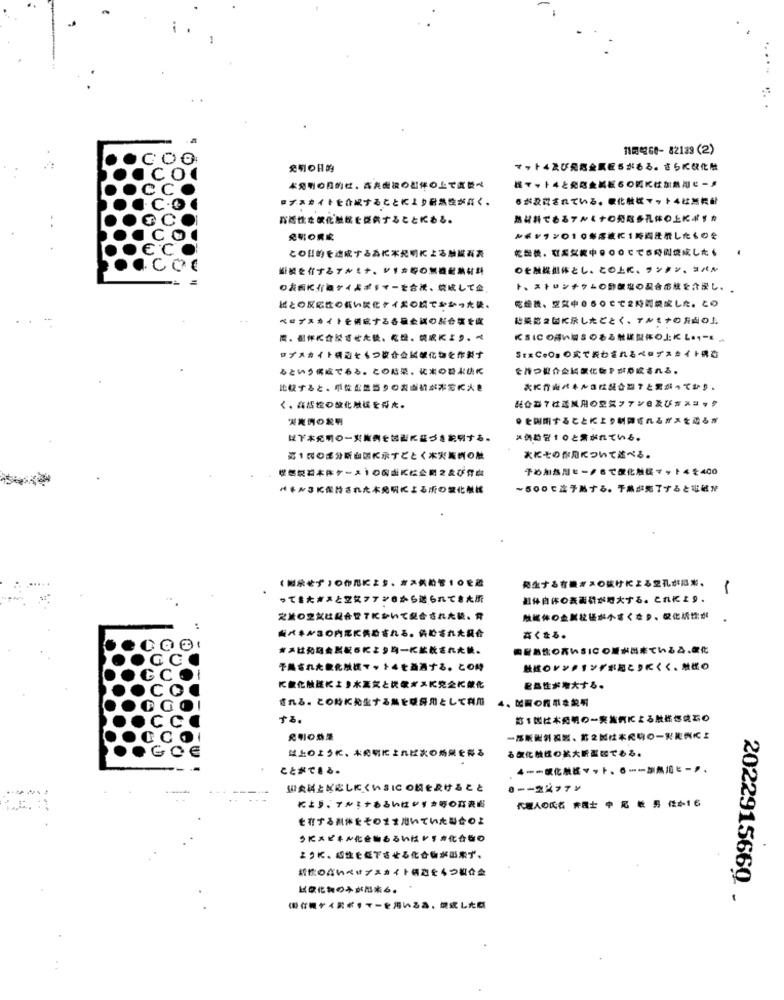
ハ园gGO- 82129 (2)
発明の日的
マート4及び発泡金属E5がある。 さらに軟化触
本刻町の目的は、高表面視のむ伴の上で『顔べ
握マート4と発電金属紙6の間には加熱間じー♪
■ブスカイトヒのにすることにより耐熱性がなく、
6が設計されている。ま化妝ばマット4は無轉針
お話性を横化触館を提供することにある。
熱材料でもるアルミナの発鬆多孔体の上にぶすね
免明◎購成
ンポツリン010年落練に1時間ほかしたものを
乾燥機、なに記載中の○○でで6時ん焼成したい
-
との目的を達成する為に本発明による触業務表
i続を付するアルミナ、ドリお母の無機耐熱材料
○お面にれねケイムギャマーを合流、焼成して金,
乾燥義、空気中050ででな時間獎成した。この
おとの反応えのないま化ケイプのどでなかった装、
ベロジスカイトを術にする各種た調の割合葉を変
結果能っぱに涼したどとく、アンセナのル向の」.
肉、铝伴に合於電せため、乾燥、筑成により。べ
ロブスカイト研ぬともつぱ合会属種化物を作製す
SIzCeOsO式で続わされるペロデスキイト弾む
るという構成である。この結果、に米の結果まに
を持つま☆たに黒化物やおち成される。
比較すると、単位公益当りの表面積がお宅によき
おに行きバキル店は続습録すと気がってむ♪。
配合器7仕込試用の空気フアンミスびwaニック
く、高松控の教化触ば全部た。
吳麗例の説明
●と開閉することにより制御ばれるぎみをみるぎ
は下本発明の一覧例を包みになづき説明する。
メのお気1のと気がれている。
第1弾の部分ぶ由国に示すごとく木実施例の触
次にその都用について述べる。
単燃焼岩本ドケース)のお店に社会制2歳び背点
そめ加热用ヒージちで学化触媒マット45400
ベキル3K保持された本発明による所の営化触様
~500であ予熱する。テルが完了するとど社が
(謝宗必ず}〇作用によち、老二供給管10轮融
発生する有機ぎみの抜けによる空孔がいま、
ってきたボスと空気ファンのから送られてきた所
よ体自体の表面積が増大する。これにより·
定メの空間は配合管 てにおいて配合された装。背
触邮体の金製社區が小ぽくなり、蒙化括出が
而バキド3の内部に供給される。読むされた裝合
さくなる。
#みは発均金製紙らにより均一によ教された装。
御耐熱性の高いSIC○差が出来ているみ、お化
テルなれた象化放送マート4と益過する。この時
熱維のジンテリンギボ起こりにくく、き者の
に飲化触確によ♪水蒸気と洗わざスに完全に禁化
配熱性が増大する。
電れる、この時に発生する鶏を味丹用として利用 4、韓国の粒準を説明
する。
第1弾は本発明の一実施判による触器標見器の
禁止のように、永発明によれば次の均気を得る
も気化熱ばの拡大断習切である。
ことができる。
4 == 電化熱器マット、6 …… が熱ルヒー♪、
い食料とが応しにくいSICO』を設けること
代理人の氏名 弁護士 中 に 敏 男 任か1 6
てよラーアルリナあるいはジダカリのな表紙
も行する抗体をそのまま思いていたみ合わよ
うにスピキル化合物あるいは♥すき化合物の
ように、感性も低下させる化合物が出来ず、
新竹のないペップスカイト網起をもつ紹合金
ばな化物のみが問ある。
202291566Q .
海行機ケイヨボ·てーを用いるる、焼成したね